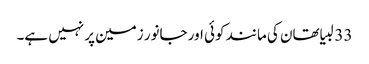
33 لبیا تھان کی مانند کوئی اور جانور زمین پر نہیں ہے۔